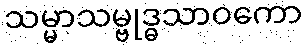
သမ္မာသမ္ဗုဒ္ဓသာဝကော